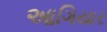
આગિયાર